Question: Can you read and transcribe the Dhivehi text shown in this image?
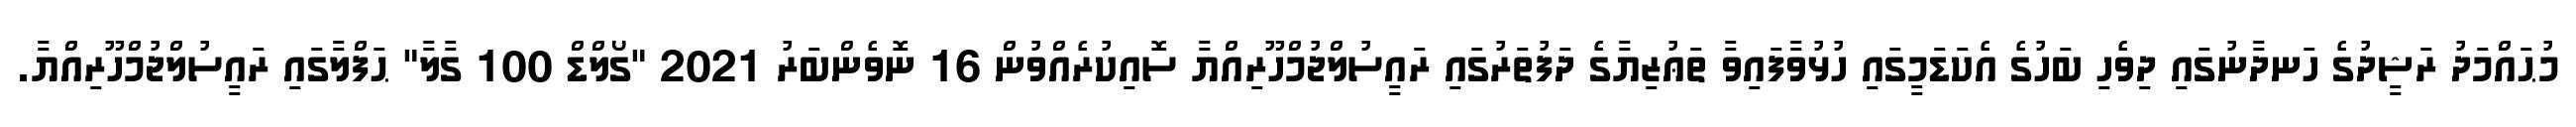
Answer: މުޙައްމަދު ރަޝީދުގެ ހަނދާނުގައި ދިވެހި ބަހުގެ އެކަޑަމީގައި ހުޅުވާފައިވާ ތަޢުޒިޔާގެ ދަފުތަރުގައި ރައީސުލްޖުމްހޫރިއްޔާ ސޮއިކުރެއްވުން 16 ނޮވެންބަރު 2021 "ގޯލްޑް 100 ގާލާ" ޙަފްލާގައި ރައީސުލްޖުމްހޫރިއްޔާ.